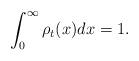
LaTeX: \begin{align*} \int_0^\infty \rho_t (x) dx = 1. \end{align*}